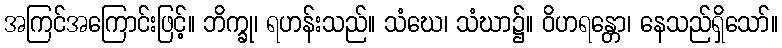
အကြင်အကြောင်းဖြင့်။ ဘိက္ခု၊ ရဟန်းသည်။ သံဃေ၊ သံဃာ၌။ ဝိဟရန္တော၊ နေသည်ရှိသော်။